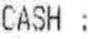
CASH :